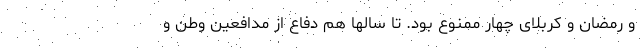
و رمضان و کربلای چهار ممنوع بود. تا سالها هم دفاع از مدافعین وطن و